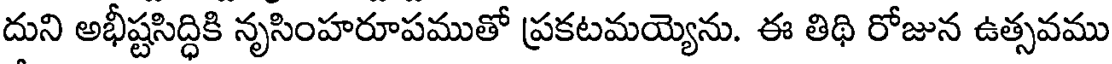
దుని అభీష్టసిద్ధికి నృసింహరూపముతో ప్రకటమయ్యెను. ఈ తిథి రోజున ఉత్సవము